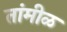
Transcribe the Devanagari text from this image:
तांमीळ